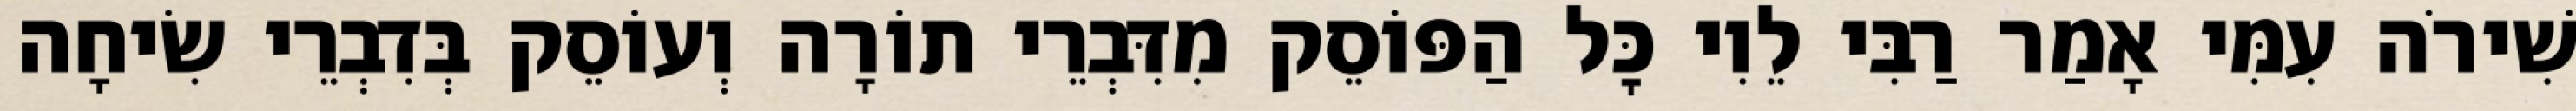
שִׁירֹה עִמִּי אָמַר רַבִּי לֵוִי כׇּל הַפּוֹסֵק מִדִּבְרֵי תוֹרָה וְעוֹסֵק בְּדִבְרֵי שִׂיחָה